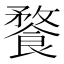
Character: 𩝕